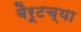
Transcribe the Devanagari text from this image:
बैरूटच्या